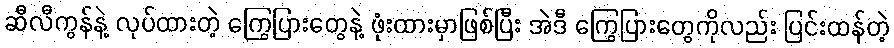
ဆီလီကွန်နဲ့ လုပ်ထားတဲ့ ကြွေပြားတွေနဲ့ ဖုံးထားမှာဖြစ်ပြီး အဲဒီ ကြွေပြားတွေကိုလည်း ပြင်းထန်တဲ့